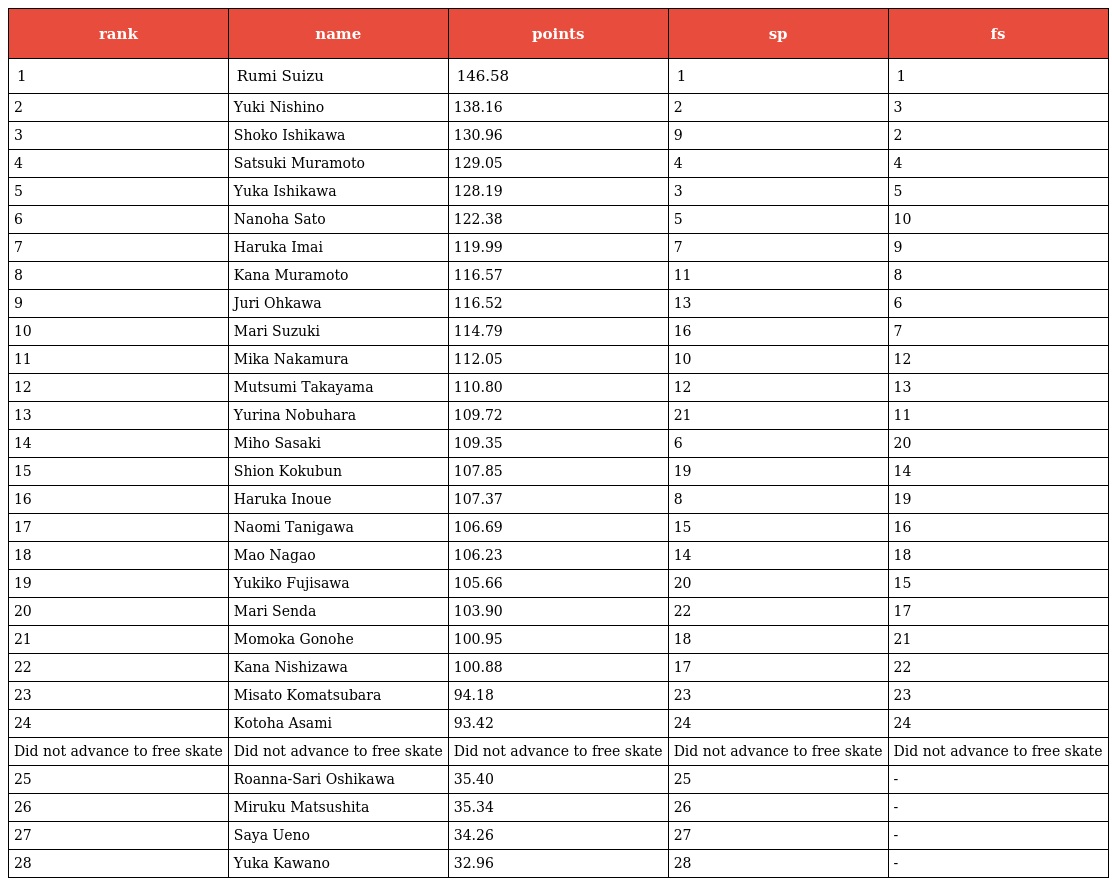
| rank | name | points | sp | fs |
 | --- | --- | --- | --- | --- |
 | 1 | Rumi Suizu | 146.58 | 1 | 1 |
 | 2 | Yuki Nishino | 138.16 | 2 | 3 |
 | 3 | Shoko Ishikawa | 130.96 | 9 | 2 |
 | 4 | Satsuki Muramoto | 129.05 | 4 | 4 |
 | 5 | Yuka Ishikawa | 128.19 | 3 | 5 |
 | 6 | Nanoha Sato | 122.38 | 5 | 10 |
 | 7 | Haruka Imai | 119.99 | 7 | 9 |
 | 8 | Kana Muramoto | 116.57 | 11 | 8 |
 | 9 | Juri Ohkawa | 116.52 | 13 | 6 |
 | 10 | Mari Suzuki | 114.79 | 16 | 7 |
 | 11 | Mika Nakamura | 112.05 | 10 | 12 |
 | 12 | Mutsumi Takayama | 110.80 | 12 | 13 |
 | 13 | Yurina Nobuhara | 109.72 | 21 | 11 |
 | 14 | Miho Sasaki | 109.35 | 6 | 20 |
 | 15 | Shion Kokubun | 107.85 | 19 | 14 |
 | 16 | Haruka Inoue | 107.37 | 8 | 19 |
 | 17 | Naomi Tanigawa | 106.69 | 15 | 16 |
 | 18 | Mao Nagao | 106.23 | 14 | 18 |
 | 19 | Yukiko Fujisawa | 105.66 | 20 | 15 |
 | 20 | Mari Senda | 103.90 | 22 | 17 |
 | 21 | Momoka Gonohe | 100.95 | 18 | 21 |
 | 22 | Kana Nishizawa | 100.88 | 17 | 22 |
 | 23 | Misato Komatsubara | 94.18 | 23 | 23 |
 | 24 | Kotoha Asami | 93.42 | 24 | 24 |
 | Did not advance to free skate | Did not advance to free skate | Did not advance to free skate | Did not advance to free skate | Did not advance to free skate |
 | 25 | Roanna-Sari Oshikawa | 35.40 | 25 | - |
 | 26 | Miruku Matsushita | 35.34 | 26 | - |
 | 27 | Saya Ueno | 34.26 | 27 | - |
 | 28 | Yuka Kawano | 32.96 | 28 | - |